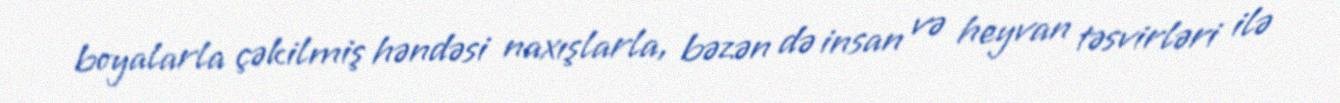
boyalarla çəkilmiş həndəsi naxışlarla, bəzən də insan və heyvan təsvirləri ilə